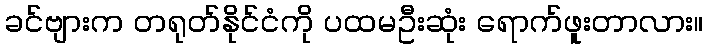
ခင်ဗျားက တရုတ်နိုင်ငံကို ပထမဦးဆုံး ရောက်ဖူးတာလား။